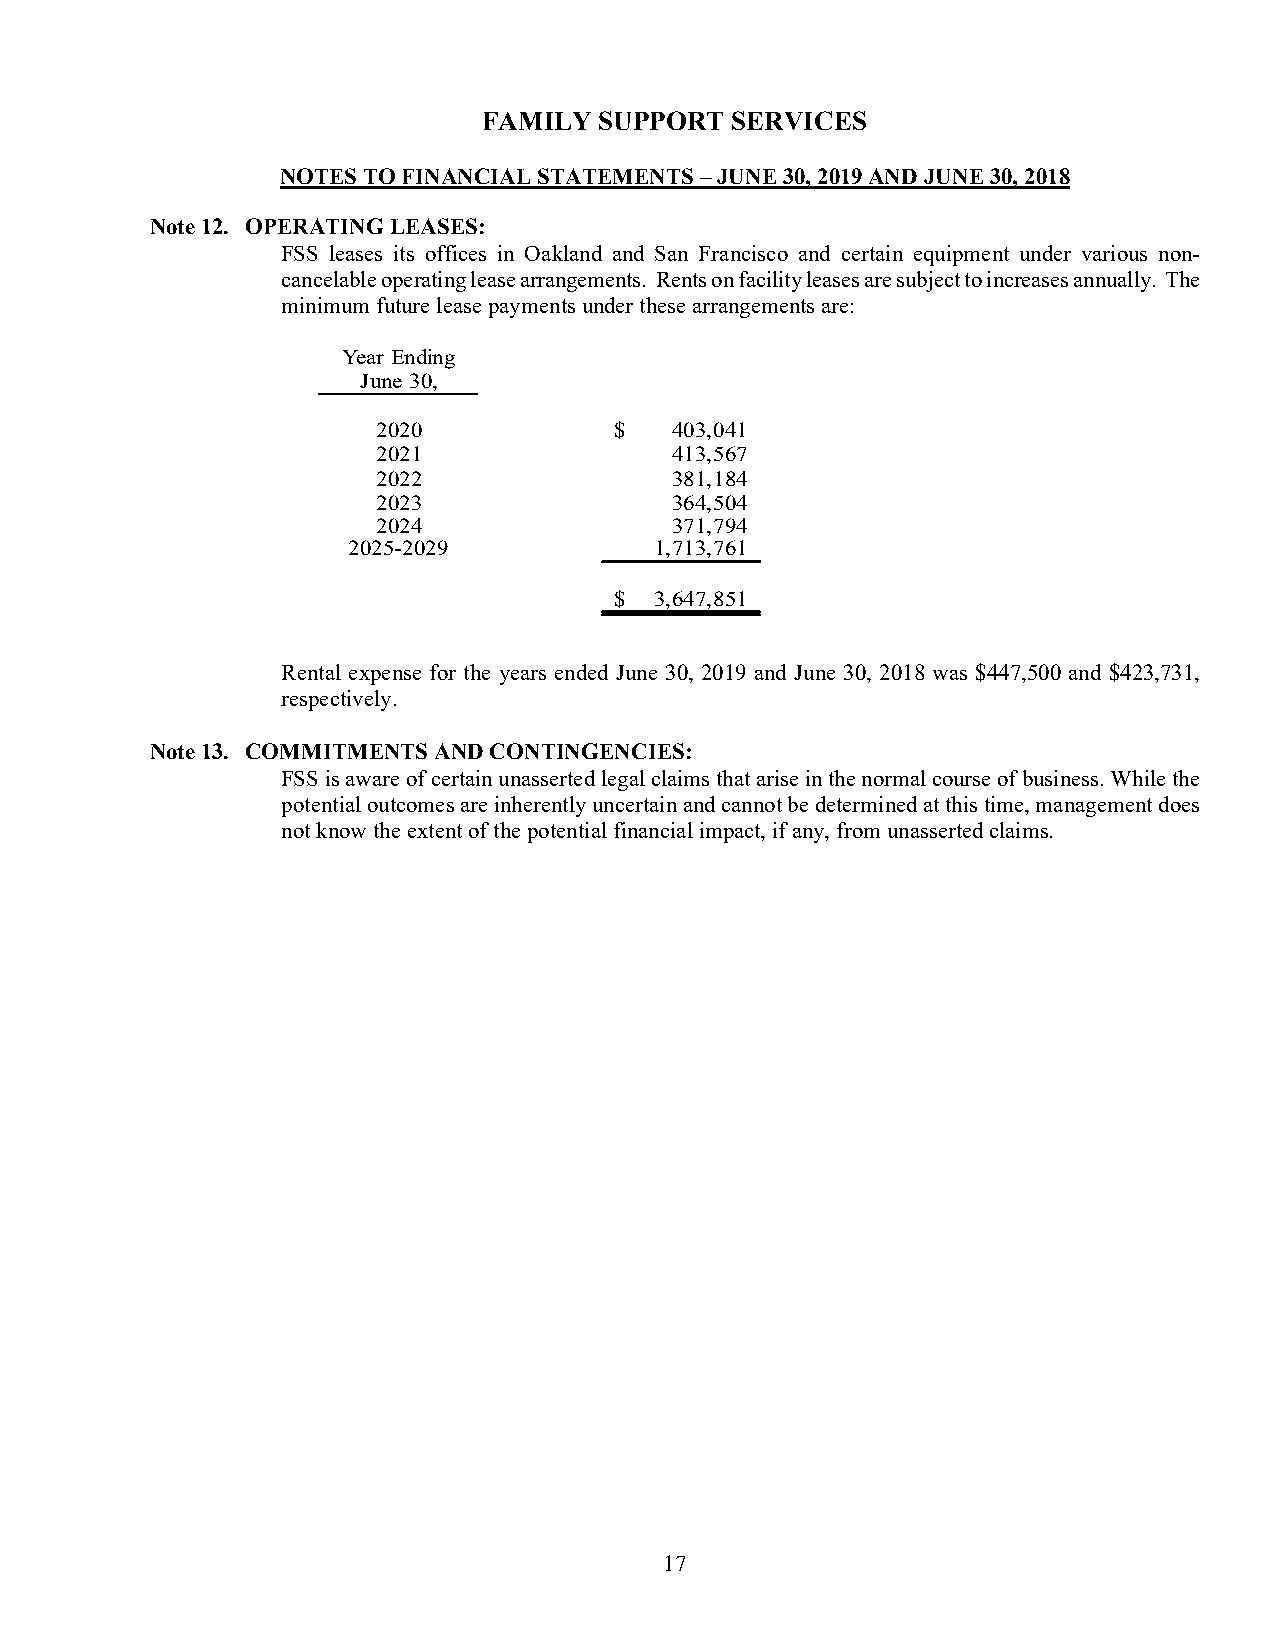
FAMILY  SUPPORT SERVICES
 NOTES TO FINANCIAL STATEMENTS – JUNE 30, 2019 AND JUNE 30, 2018
 Note 12. OPERATING LEASES:
 FSS leases its offices in Oakland and San Francisco and certain equipment under various non-
 cancelable operating lease arrangements. Rents on facility leases are subject to increases annually. The
 minimum future lease payments under these arrangements are:
 Year Ending
 June 30,
 2020            $  4 03,041
 2021               413,567
 2022               381,184
 2023               364,504
 2024               371,794
 2025-2029           1 ,713,761
 $ 3,647,851
 Rental expense for the years ended June 30, 2019 and June 30, 2018 was $447,500 and $423,731,
 respectively.
 Note 13. COMMITMENTS AND CONTINGENCIES:
 FSS is aware of certain unasserted legal claims that arise in the normal course of business. While the
 potential outcomes are inherently uncertain and cannot be determined at this time, management does
 not know the extent of the potential financial impact, if any, from unasserted claims.
 17